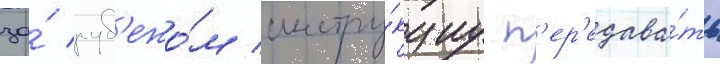
за́ руб'ежо́м инстру́кциу п'ер'едава́ть